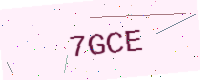
Text: 7GCE